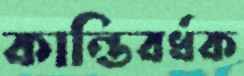
কান্তিবর্ধক